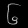
Digit: ၆